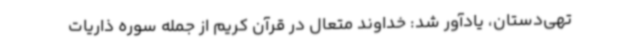
تهی‌دستان، یادآور شد: خداوند متعال در قرآن کریم از جمله سوره ذاریات